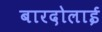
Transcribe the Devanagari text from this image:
बारदोलाई